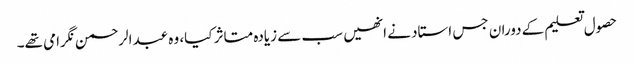
حصول تعلیم کے دوران جس استاد نے انھیں سب سے زیادہ متاثر کیا، وہ عبدالرحمن نگرامی تھے۔